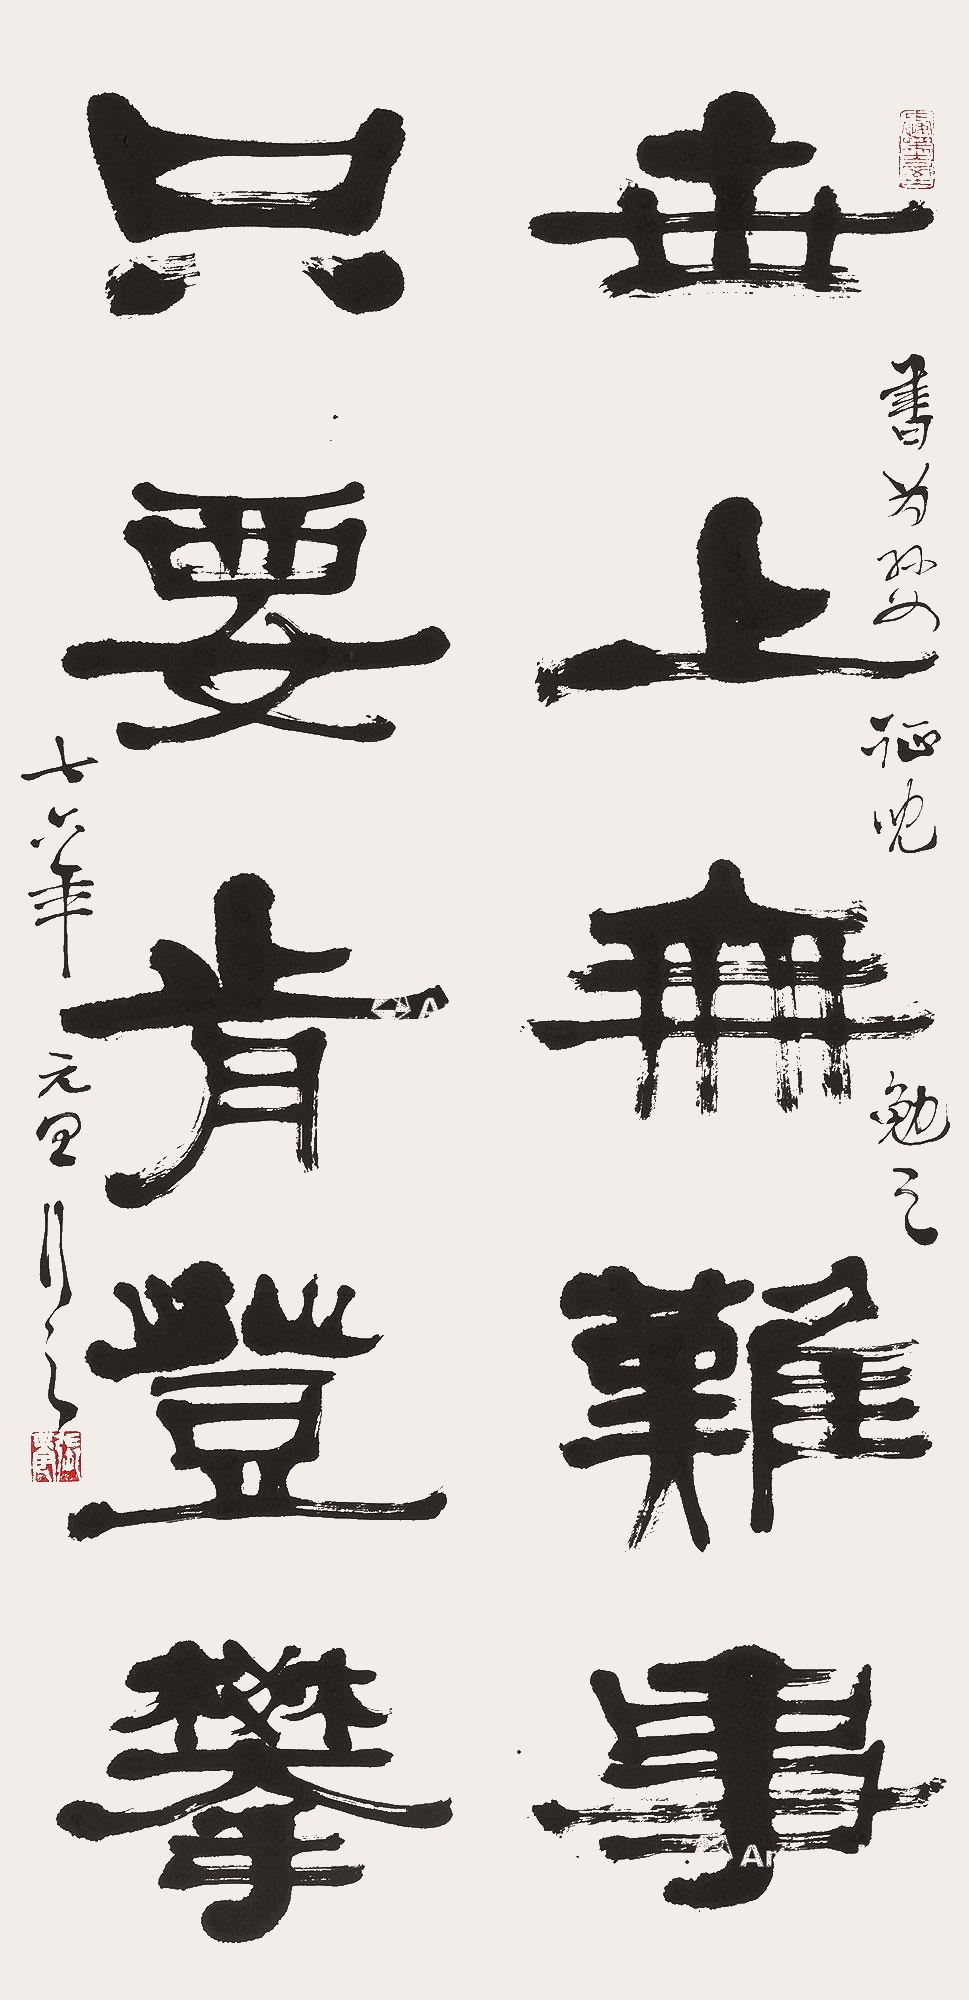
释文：世上无难事，只要肯攀登书为孙女征儿勉之，七六年元旦行之。